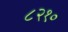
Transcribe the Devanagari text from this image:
८२१०